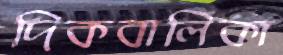
দিকবালিকা